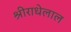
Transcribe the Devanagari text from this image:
श्रीराधेलाल